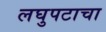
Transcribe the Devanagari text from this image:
लघुपटाचा